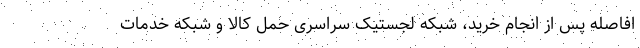
افاصله پس از انجام خرید، شبکه لجستیک سراسری حمل کالا و شبکه خدمات